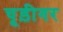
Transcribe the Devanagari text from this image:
चूड़ीगर